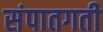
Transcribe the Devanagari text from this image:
संपातगती